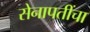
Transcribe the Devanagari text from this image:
सेनापतींचा